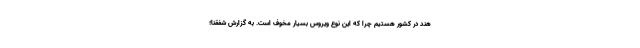
هند در کشور هستیم چرا که این نوع ویروس بسیار مخوف است. به گزارش شفقنا؛